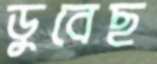
ডুবেছ